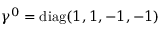
\gamma ^ { 0 } = \mathrm { d i a g } ( 1 , 1 , - 1 , - 1 )